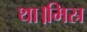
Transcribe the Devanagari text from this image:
था।मिस्र